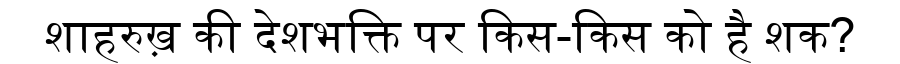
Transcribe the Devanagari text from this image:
शाहरुख़ की देशभक्ति पर किस-किस को है शक?